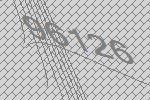
96126